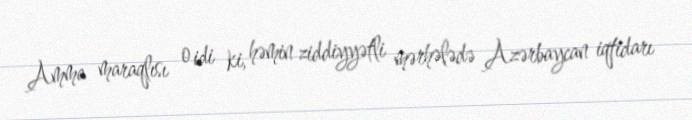
Amma maraqlısı o idi ki, həmin ziddiyyətli mərhələdə Azərbaycan iqtidarı